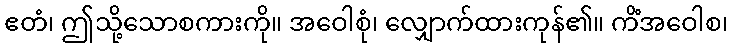
ဧတံ၊ ဤသို့သောစကားကို။ အဝေါစုံ၊ လျှောက်ထားကုန်၏။ ကိံအဝေါစ၊